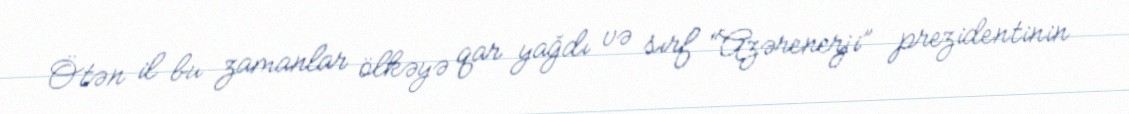
Ötən il bu zamanlar ölkəyə qar yağdı və sırf “Azərenerji” prezidentinin